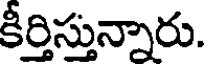
కీర్తిస్తున్నారు.